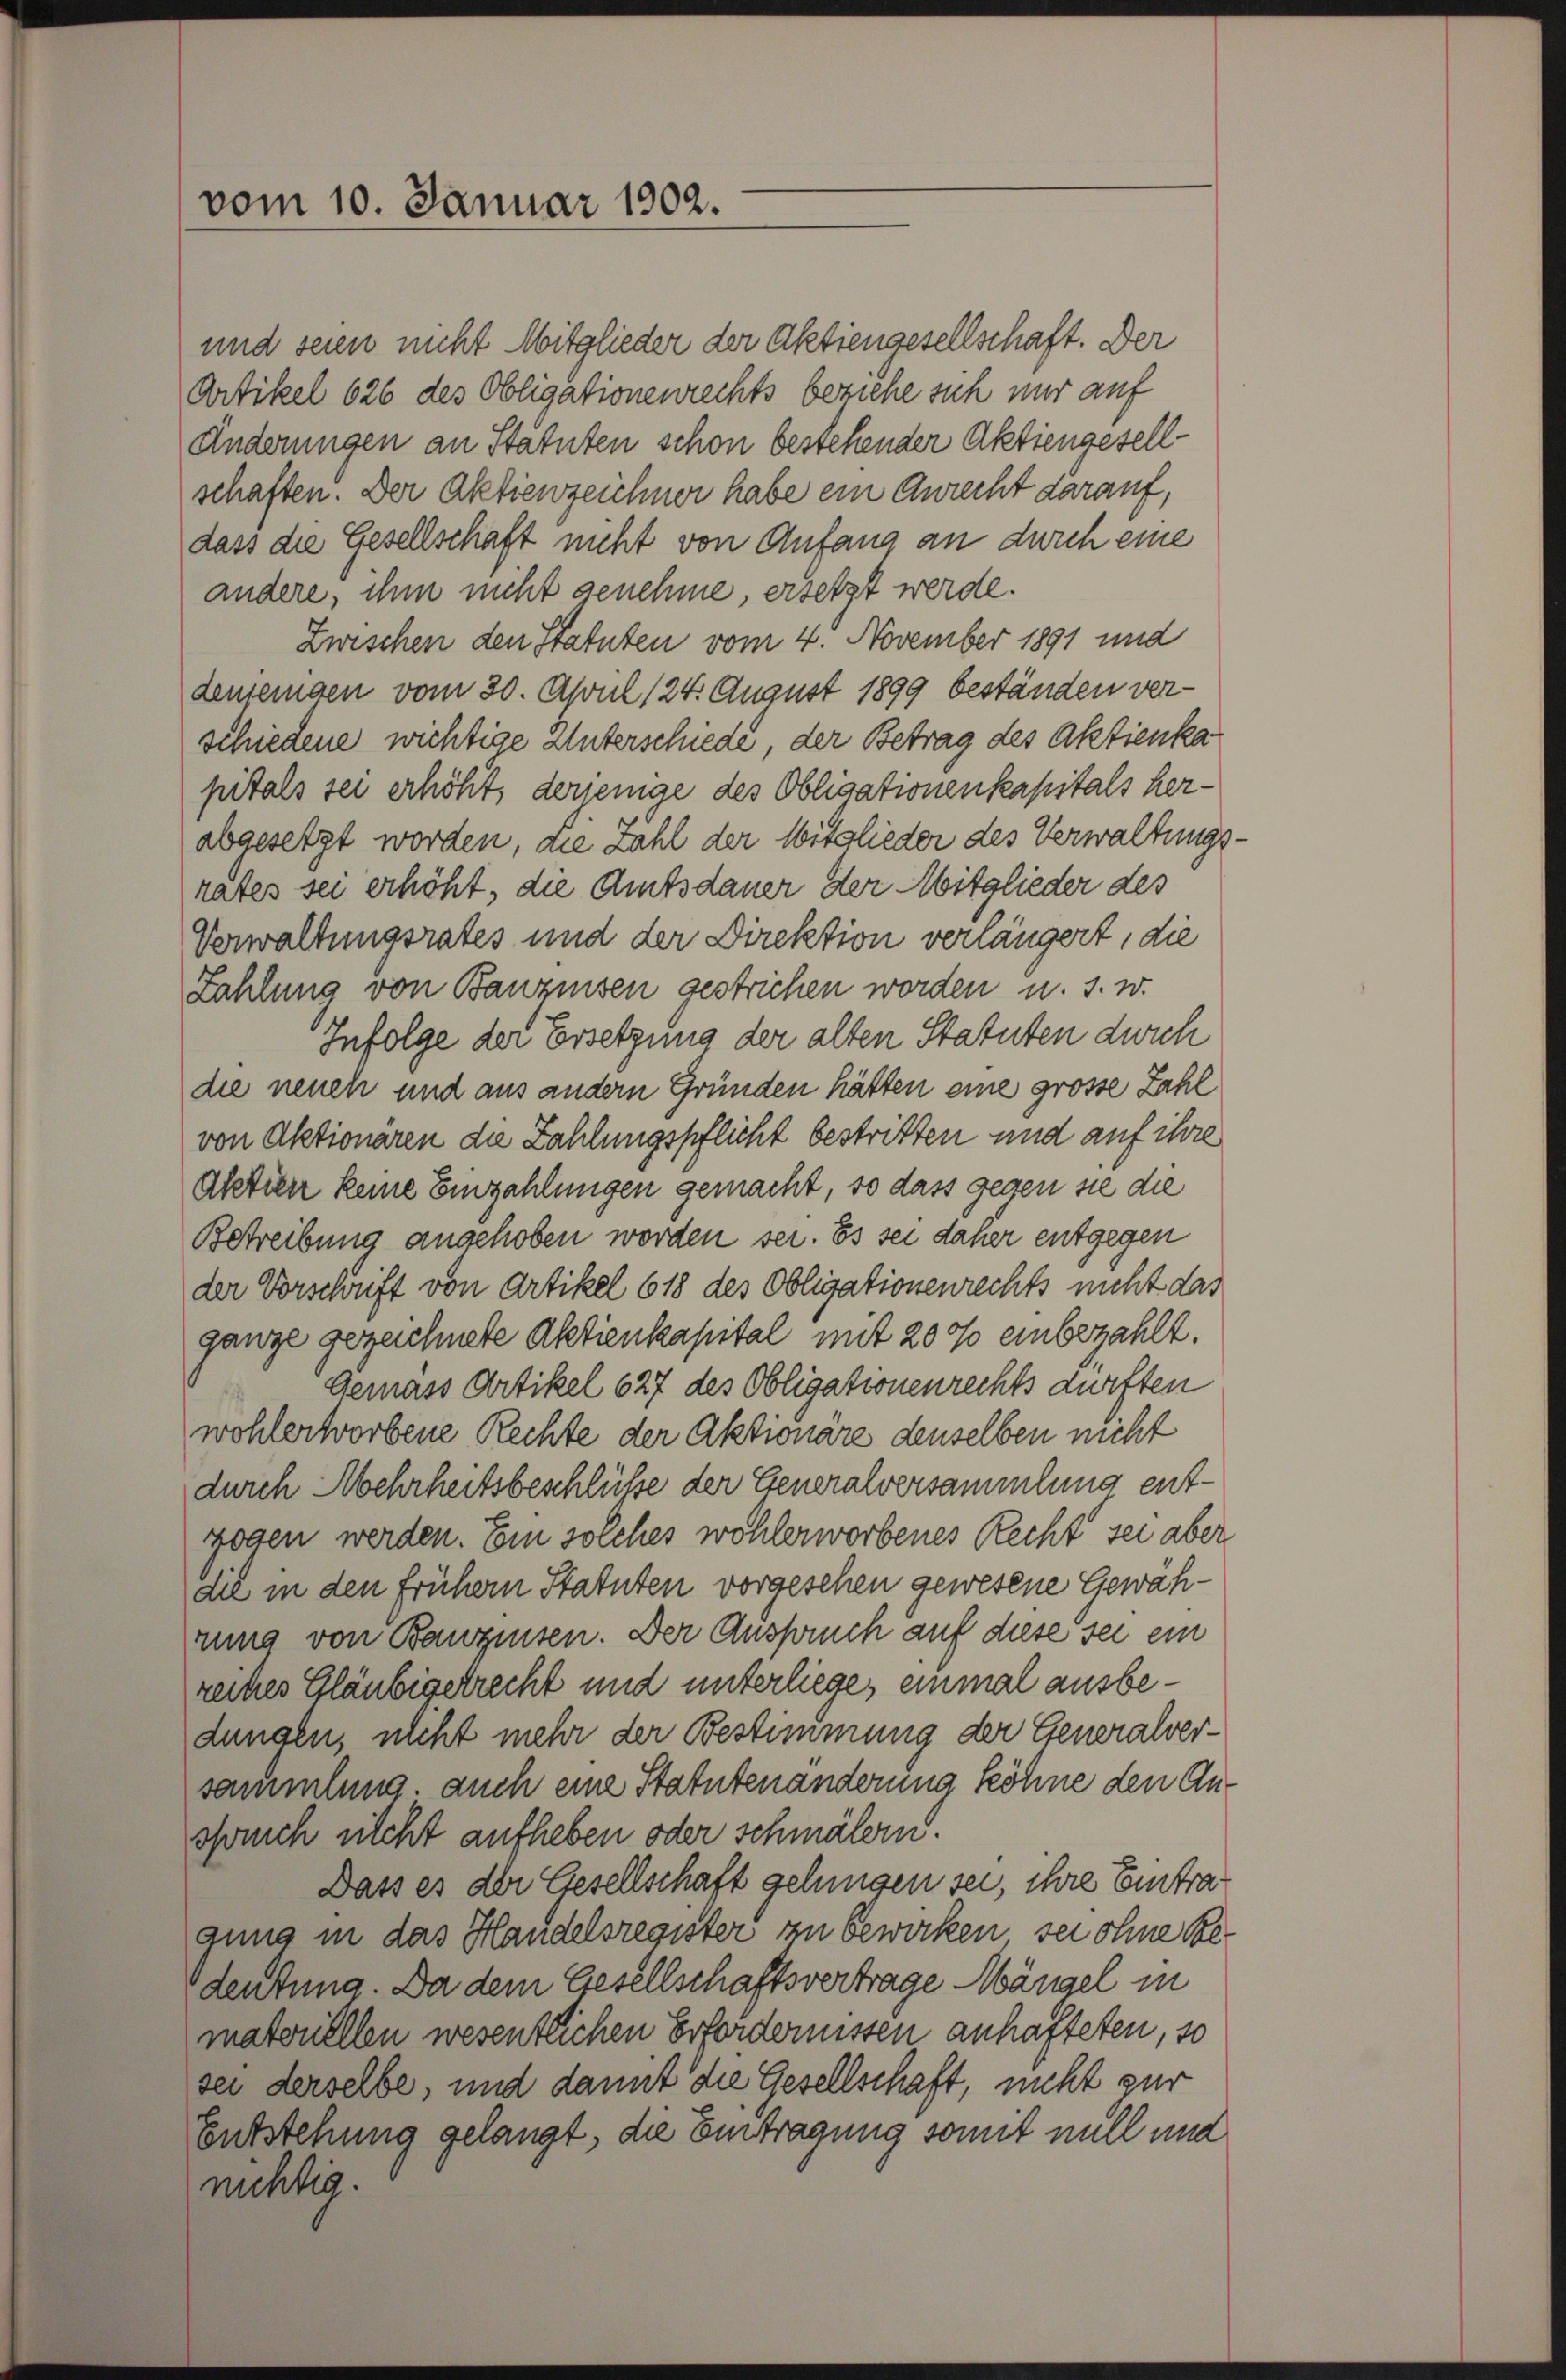
vom 10. Januar 1902.

und seien nicht Mitglieder der Aktiengesellschaft. Der
Artikel 626 des Obligationenrechts beziehe sich nur auf
Änderungen an Statuten schon bestehender Aktiengesellschaften. Der Aktienzeichner habe ein Anrecht darauf,
dass die Gesellschaft nicht von Anfang an durch eine
andere, ihm nicht genehme, ersetzt werde.
Zwischen den Statuten vom 4. November 1891 und
denjenigen vom 30. April 124. August 1899 beständen verschiedene wichtige Unterschiede, der Betrag des Aktienka
pitals sei erhöht, derjenige des Obligationenkapitals herabgesetzt worden, die Zahl der Mitglieder des Verwaltungsrates sei erhöht, die Amtsdauer der Mitglieder des
Verwaltungsrates und der Direktion verlängert, die
Zahlung von Bauznisen gestrichen worden u. s. w.
Infolge der Ersetzung der alten Statuten durch
die neuen und aus andern Gründen hätten eine grosse Zahl
von Aktionären die Zahlungspflicht bestritten und auf ihre
Aktien keine Einzahlungen gemacht, so dass gegen sie die
Betreibung angehoben worden sei. Es sei daher entgegen
der Vorschrift von Artikel 618 des Obligationenrechts nicht das
ganze gezeichnete Aktienkapital mit 200 einbezahlt.
Gemäss Artikel 627 des Obligationenrechts dürften
wohlerworbene Rechte der Aktionäre denselben nicht
durch Mehrheitsbeschlüße der Generalversammlung entzogen werden. Ein solches wohlerworbenes Recht sei aber
die in den frühern Statuten vorgesehen gewesene Gewährung von Banquisen. Der Auspruch auf diese sei ein
reites Gläubigerrecht und unterliege, einmal ausbedungen, nicht mehr der Bestimmung der Generalversammlung, auch eine Statutenänderung köhne den Anspruch nicht aufheben oder schmälern.
Dass es der Gesellschaft gelungen sei, ihre Eintragung in das Handelsregister zu bewirken sei ohne Bedeutung. Da dem Gesellschaftsvertrage Mängel in
materiellen wesentlichen Erfordernissen anhafteten, so
sei derselbe, und damit die Gesellschaft, nicht zur
Entstehung gelangt, die Eintragung somit null und
nichtig.